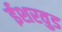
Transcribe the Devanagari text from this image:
ईशरवुड